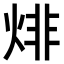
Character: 𤊬